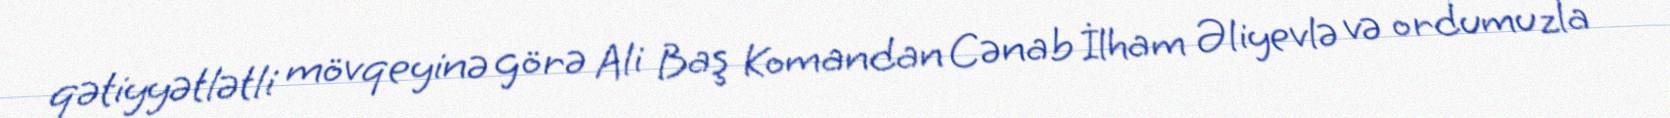
qətiyyətlətli mövqeyinə görə Ali Baş Komandan Cənab İlham Əliyevlə və ordumuzla